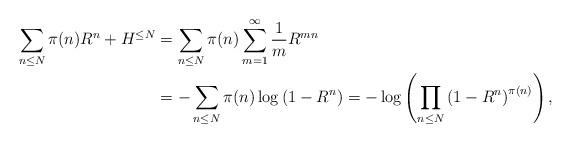
LaTeX: \begin{align*}\sum_{n \le N} \pi(n) R^{n} +H^{\le N} &= \sum_{n \le N} \pi(n) \sum_{m=1}^{\infty} \dfrac{1}{m} R^{mn} \\&= -\sum_{n \le N} \pi(n) \log \left( 1-R^{n} \right)= -\log \left( \prod_{n \le N} \left( 1-R^{n} \right)^{\pi(n)} \right), \end{align*}